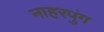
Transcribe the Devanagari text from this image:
नाहरपुंग